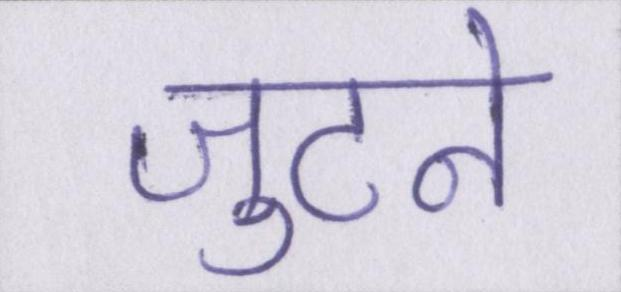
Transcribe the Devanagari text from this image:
जुटने